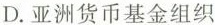
D.亚洲货币基金组织